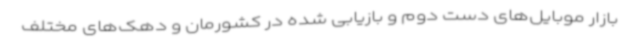
بازار موبایل‌های دست دوم و بازیابی شده در کشورمان و دهک‌های مختلف